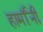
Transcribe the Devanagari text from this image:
हार्मॉनी